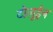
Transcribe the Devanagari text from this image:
टोलूईन